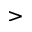
>